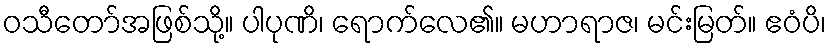
ဝသီတော်အဖြစ်သို့။ ပါပုဏိ၊ ရောက်လေ၏။ မဟာရာဇ၊ မင်းမြတ်။ ဧဝံပိ၊